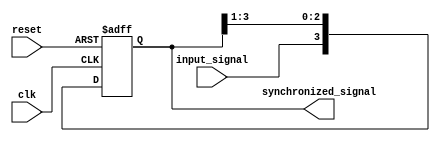
module four_flop_synchronizer(
    input wire clk, // system clock signal
    input wire reset, // reset signal
    input wire input_signal, // input signal to be synchronized
    output reg [3:0] synchronized_signal // synchronized output signal
);

reg [3:0] flops; // internal registers to store input signal at each stage

always @(posedge clk or posedge reset) begin
    if (reset) begin
        flops <= 4'b0; // reset all flop values to 0
    end else begin
        flops <= {input_signal, flops[3:1]}; // propagate input signal through flops
    end
end
assign synchronized_signal = flops;

endmodule